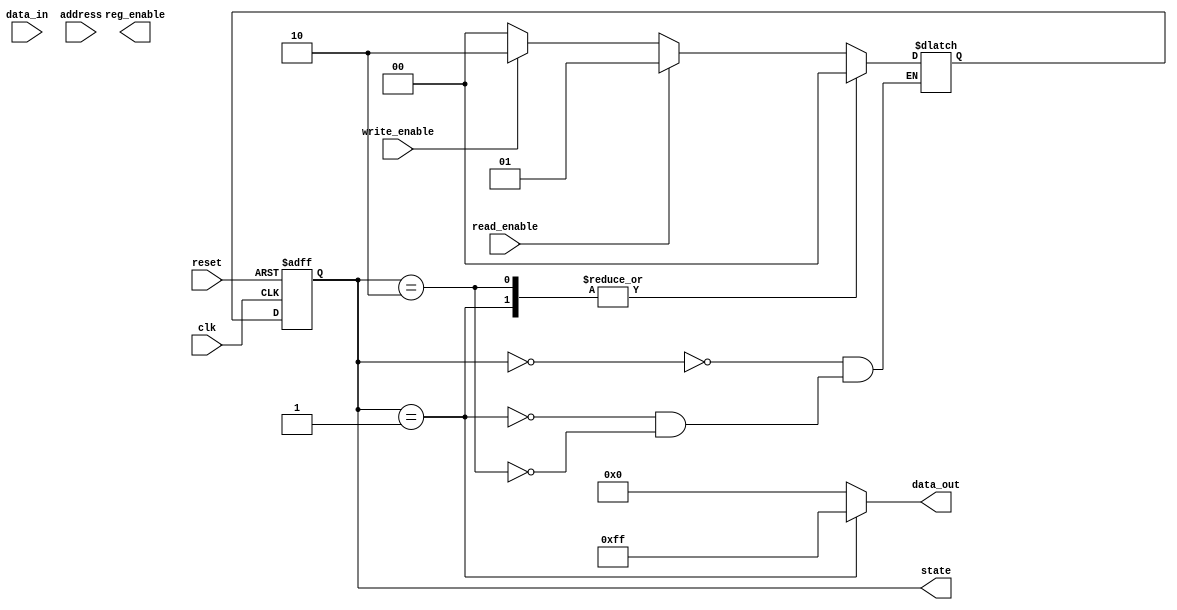
module sdram_controller(
    input wire clk,
    input wire reset,
    input wire read_enable,
    input wire write_enable,
    input wire [7:0] data_in,
    output reg [7:0] data_out,
    input wire [11:0] address,
    output reg reg_enable,
    output reg [1:0] state
);

// State definitions
parameter IDLE = 2'b00;
parameter READ = 2'b01;
parameter WRITE = 2'b10;

// Internal signals
reg [1:0] next_state;

// State machine logic
always @(posedge clk or posedge reset) begin
    if (reset) begin
        state <= IDLE;
    end else begin
        state <= next_state;
    end
end

always @* begin
    case(state)
        IDLE: begin
            if (read_enable) begin
                next_state = READ;
            end else if (write_enable) begin
                next_state = WRITE;
            end else begin
                next_state = IDLE;
            end
        end
        READ: begin
            // Implement read operation here
            next_state = IDLE;
        end
        WRITE: begin
            // Implement write operation here
            next_state = IDLE;
        end
    endcase
end

// Other control logic can be added here

// Data output logic
always @* begin
    case(state)
        READ: begin
            data_out = 8'hFF; // Placeholder value for read data
        end
        default: begin
            data_out = 8'b0; // Default value
        end
    endcase
end

endmodule